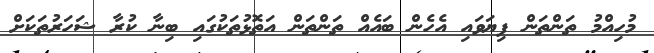
މުހިއްމު ތަންތަން ފިޔަވައި އެހެން ބައެއް ތަންތަން އަތޮޅުތަކުގައި ބިނާ ކުރާ ޝަހަރުތަކަށް